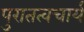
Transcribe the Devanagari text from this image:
पुरातत्वचार्य